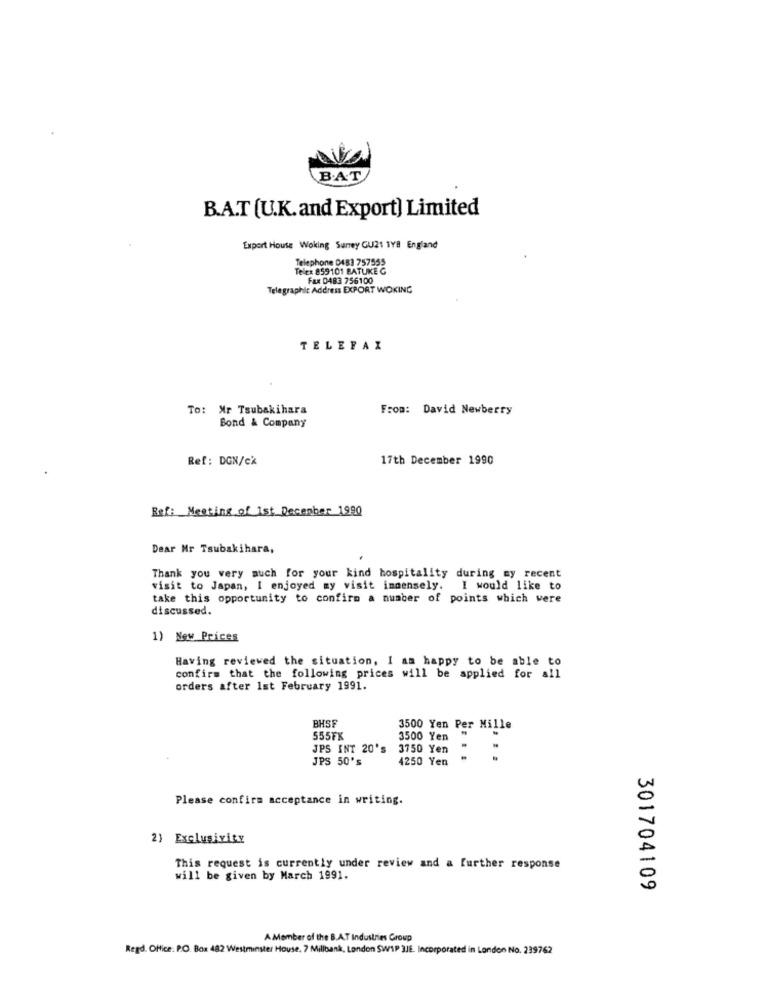
BAT
B.A.T (U.K.and Export) Limited
Expert House Woking Samey GU21 1YB England
Telephone 0483 757555
Telex 859101 BATUKE G
Fax 0483 756100
Telegraphic Address EXPORT WOKING
TELEFAX
To: Mr Tsubakihara
From: David Newberry
Bond & Company
Ref: DGN/cx
17th December 1990
Ref: Meeting of 1st December 1990
Dear Mr Tsubakihara,
Thank you very much for your kind hospitality during my recent
visit to Japan, I enjoyed my visit immensely. I would like to
take this opportunity to confirm a number of points which were
discussed.
1) New Prices
Having reviewed the situation, I am happy to be able to
confirm that the following prices will be applied for all
orders after 1st February 1991.
BHSF
3500 Yen Per Mille
555FK
3500 Yen
JPS INT 20's
3750 Yen
. .
JPS 50's
4250 Yen
Please confirm acceptance in writing.
2) Exclusivity
This request is currently under review and a further response
will be given by March 1991.
301704109
A Member of the B.A.T Industries Group
Regd. Office: P.O. Box 482 Westminster House, 7 Millbank, London SW1P 3JE. Incorporated in London No. 239762